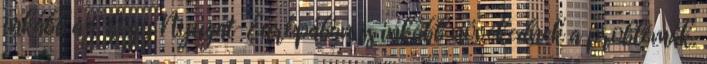
inkább az, hogy Nyugat-Európában is inkább növekednek a problémák.